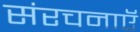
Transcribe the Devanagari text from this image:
संरचनाएॅ